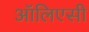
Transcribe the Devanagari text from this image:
ऑलिएसी